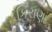
કિરાણા